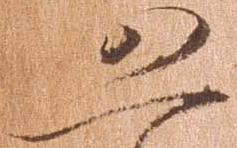
恐